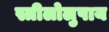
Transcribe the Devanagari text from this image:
स्त्रीलोलुपाय